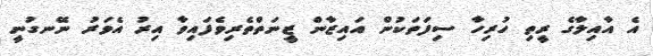
އެ އާއިލާގެ ރީތި ހުރިހާ ސިފަތަކުން އައިޒާން ޒީނަތްތެރިވެފައިވާ އިރު އެވަރު ނޭނގުނީ